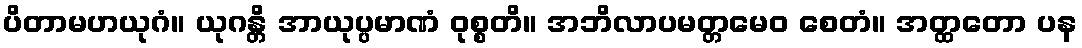
ပိတာမဟယုဂံ။ ယုဂန္တိ အာယုပ္ပမာဏံ ဝုစ္စတိ။ အဘိလာပမတ္တမေဝ စေတံ။ အတ္ထတော ပန